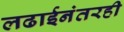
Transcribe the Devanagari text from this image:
लढाईनंतरही